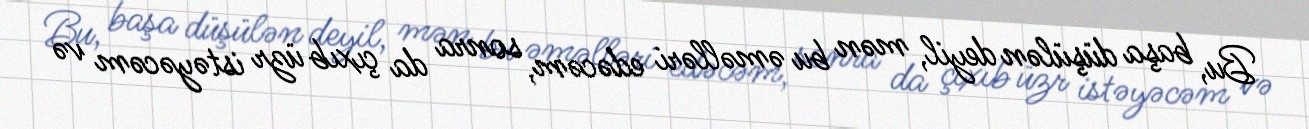
Bu, başa düşülən deyil, mən bu əməlləri edəcəm, sonra da çıxıb üzr istəyəcəm və